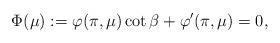
LaTeX: \begin{align*}\Phi(\mu) := \varphi(\pi, \mu)\cot \beta+\varphi'(\pi, \mu)=0,\end{align*}